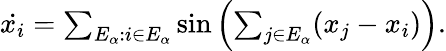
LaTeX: \begin{array}{r}{\dot{x_{i}}=\sum_{E_{\alpha}:i\in E_{\alpha}}\sin\left(\sum_{j\in E_{\alpha}}(x_{j}-x_{i})\right).}\end{array}